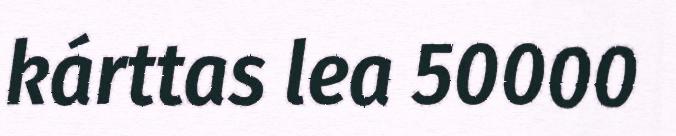
kárttas lea 50000